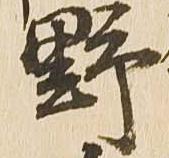
野